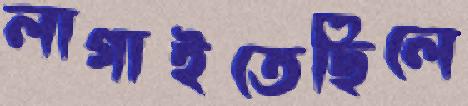
লাগাইতেছিলে